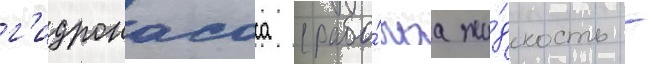
г'идронасоса (рабо́чаа жи́дкость -